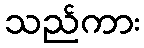
သည်ကား